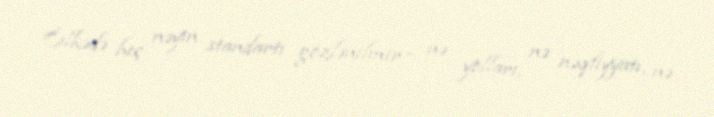
Ölkədə heç nəyin standartı gözlənilmir - nə yolları, nə nəqliyyatı, nə